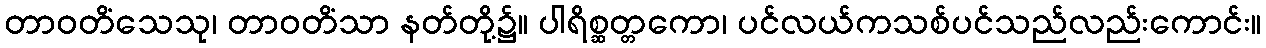
တာဝတိံသေသု၊ တာဝတိံသာ နတ်တို့၌။ ပါရိစ္ဆတ္တကော၊ ပင်လယ်ကသစ်ပင်သည်လည်းကောင်း။